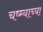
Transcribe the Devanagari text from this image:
चष्म्याच्या